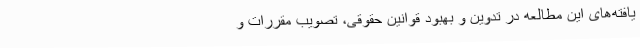
یافته‌های این مطالعه در تدوین و بهبود قوانین حقوقی، تصویب مقررات و